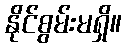
နိုင်စွမ်းမရှိ။